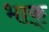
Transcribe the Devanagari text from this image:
भाक्‌